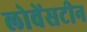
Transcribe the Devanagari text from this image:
लोवेंसटीन